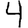
Digit: 4